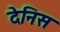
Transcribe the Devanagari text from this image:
देनिस